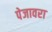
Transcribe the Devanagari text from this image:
पेजावरा